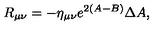
R _ { \mu \nu } = - \eta _ { \mu \nu } e ^ { 2 ( A - B ) } \Delta A ,